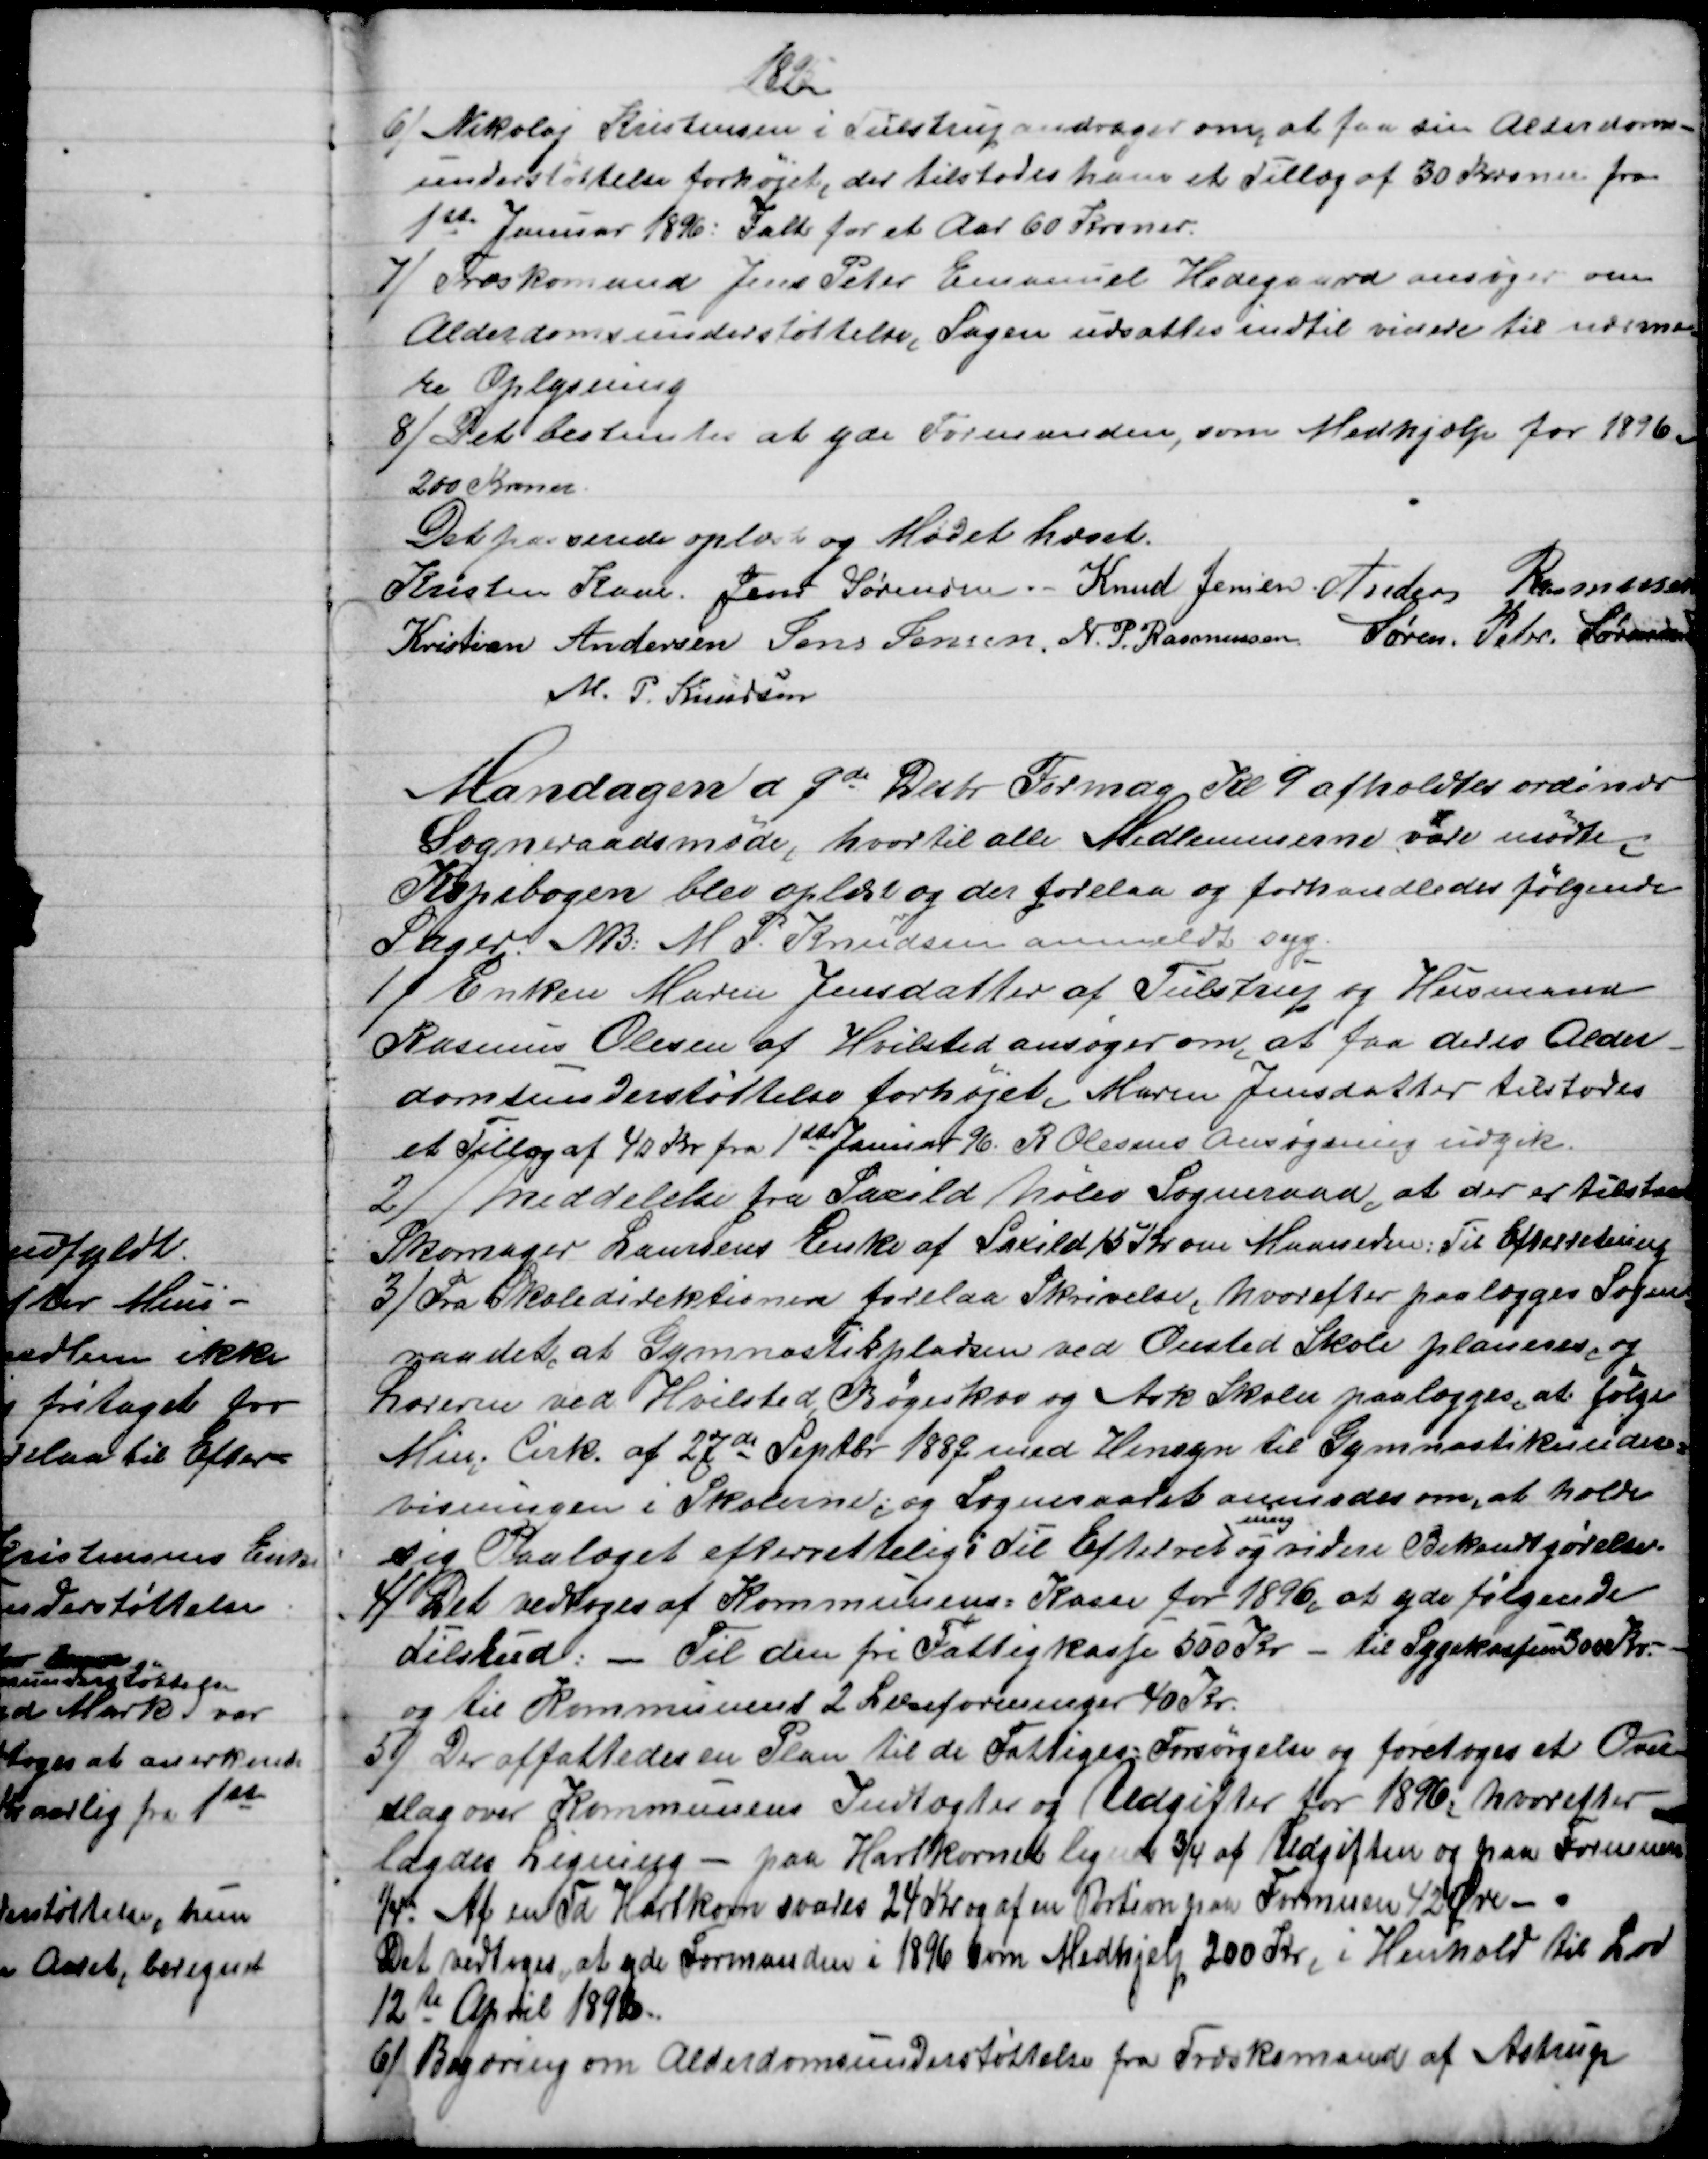
Transskription:
1895
6)
Nikolaj Kristensen i Tulstrup andrager om at faa sin Alderdoms=
understøttelse forhøjet, der tilstodes ham et Tillæg af 30 Kroner fra
1ste Januar 1896: Ialt for et Aar 60 Kroner.
7)
Træskomand Jens Peter Emanuel Hedegaard ansøger om
Alderdomsunderstøttelse, Sagen udsattes indtil videre til nærme
re Oplysning
8) 
Det bestemtes at yde Formanden, som Medhjælp for 1896
200 Kroner
Det passerede oplæst og Mødet hævet.
Kristen Kaae. Jens Sørensen. - Knud Jensen. Anders Rasmussen
Kristian Andersen Jens Jensen.  N. P. Rasmussen Søren. Peter. Sørensen
M. P. Knudsen
Mandagen d 9de Decbr. Formdg Kl 9 afholdtes ordinær
Sogneraadsmøde, hvortil alle Medlemmerne vare mødte.
Kopibogen blev oplæst og der forelaa og forhandledes følgende
Sager. NB: M. P. Knudsen anmeldt syg.
1) 
Enken Maren Jensdatter af Tulstrup og Husmand
Rasmus Olesen af Hvilsted ansøger om, at faa deres Alder-
domsunderstøttelse forhøjet, Maren Jensdatter tilstodes
et Tillæg af 40 Kr. fra 1ste Januar 96. R. Olesens Ansøgning udgik.
2) 
Meddelelse fra Saxild Nølev Sogneraad, at der er tilstaaet
Skomager Laursens Enke af Saxild 15 Kr om Maaneden: Til Efterretning
3) 
Fra Skoledirektionen forelaa Skrivelse, hvorefter paalægges Sogne
=
raadet, at Gymnastikpladsen ved Onsted Skole planeres, og
Lærerne ved Hvilsted, Bøgeskov og Ask Skoler paalægges, at følge
Min. Cirk. af 27de Septbr 1889 med Hensyn til Gymnastikunder=
visningen i Skolerne, og Sogneraadet anmodes om, at holde
sig Paalæget efterrettelig: Til Efterret 
ning
og videre Bekendtgørelse.
4) 
Det vedtoges af Kommunens= Kasse for 1896, at yde følgende
Tilskud. - Til den fri Fattigkasse 500 Kr - til Sygekassen 300 Kr.
og til Kommunens 2 Læseforeninger 40 Kr.
5) 
Der affattedes en Plan til de Fattiges Forsørgelse og foretoges et Over=
slag over Kommunens Indtægter og Udgifter for 1896, hvorefter
lagdes Ligning - paa Hartkornet lignes ¾ af Udgiften og paa Formuen
¼. Af en Td Hartkorn svares 24 Kr og af en Portion paa Formuen 42 Øre -.
Det vedtoges, at yde Formanden i 1896 som Medhjelp 200 Kr, i Henhold til Lov
12te April 1890.
6)
Begæring om Alderdomsunderstøttelse fra Træskomand af Astrup